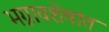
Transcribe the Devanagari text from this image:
भग्नावशेषांत